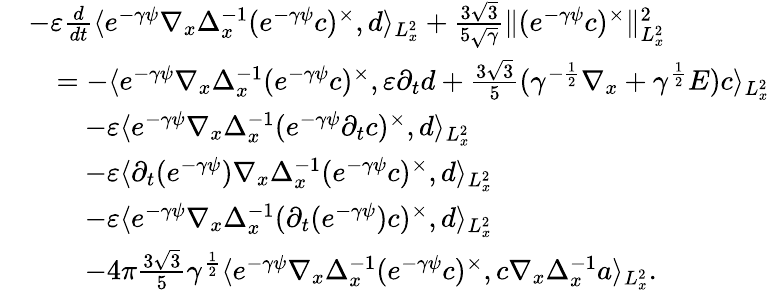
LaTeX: \begin{array}{rl}&{-\varepsilon\frac{d}{dt}\langle e^{-\gamma\psi}\nabla_{x}\Delta_{x}^{-1}(e^{-\gamma\psi}c)^{\times},d\rangle_{L_{x}^{2}}+\frac{3\sqrt{3}}{5\sqrt{\gamma}}\| (e^{-\gamma\psi}c)^{\times}\| _{L_{x}^{2}}^{2}}\\ &{\quad=-\langle e^{-\gamma\psi}\nabla_{x}\Delta_{x}^{-1}(e^{-\gamma\psi}c)^{\times},\varepsilon\partial_{t}d+\frac{3\sqrt{3}}{5}(\gamma^{-\frac{1}{2}}\nabla_{x}+\gamma^{\frac{1}{2}}E)c\rangle_{L_{x}^{2}}}\\ &{\quad\quad-\varepsilon\langle e^{-\gamma\psi}\nabla_{x}\Delta_{x}^{-1}(e^{-\gamma\psi}\partial_{t}c)^{\times},d\rangle_{L_{x}^{2}}}\\ &{\quad\quad-\varepsilon\langle\partial_{t}(e^{-\gamma\psi})\nabla_{x}\Delta_{x}^{-1}(e^{-\gamma\psi}c)^{\times},d\rangle_{L_{x}^{2}}}\\ &{\quad\quad-\varepsilon\langle e^{-\gamma\psi}\nabla_{x}\Delta_{x}^{-1}(\partial_{t}(e^{-\gamma\psi})c)^{\times},d\rangle_{L_{x}^{2}}}\\ &{\quad\quad-4\pi\frac{3\sqrt{3}}{5}\gamma^{\frac{1}{2}}\langle e^{-\gamma\psi}\nabla_{x}\Delta_{x}^{-1}(e^{-\gamma\psi}c)^{\times},c\nabla_{x}\Delta_{x}^{-1}a\rangle_{L_{x}^{2}}.}\end{array}